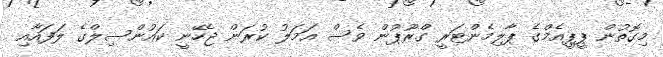
މިގޮތުން ޕީޕީއެމްގެ ޕާލިމެންޓަރީ ގްރޫޕުން ވެސް އަމަލު ކުރަން ޖެހޭނީ ކައުންސިލްގެ ލަފައާއި